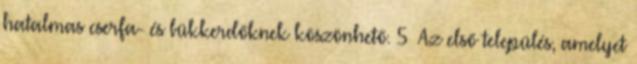
hatalmas cserfa- és bükkerdőknek köszönhető. 5 Az első település, amelyet